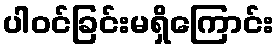
ပါဝင်ခြင်းမရှိကြောင်း